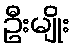
ဦးမျိုး